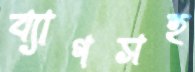
ব্যাগসহ